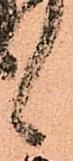
候